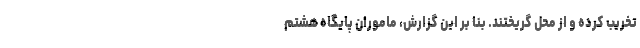
تخریب کرده و از محل گریختند. بنا بر این گزارش، ماموران پایگاه هشتم